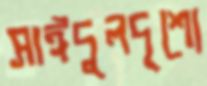
সাঈদুলদৃশ্যে